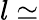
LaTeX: l\simeq